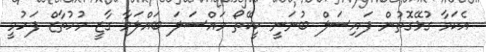
އެކަމާ ގުޅޭގޮތުން ފައިސަލް ބުނަނީ ކީކޭތޯ މައްސަލަ ބައްލަވާ ގާޒީ މުހުތާޒް ފަހުމީ